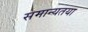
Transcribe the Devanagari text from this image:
समान्यतया